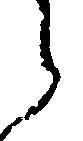
之